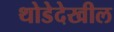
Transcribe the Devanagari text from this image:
थोडेदेखील